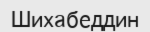
Шихабеддин